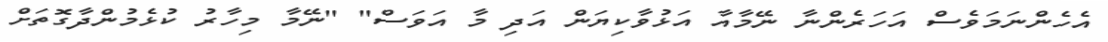
އެހެންނަމަވެސް އަހަރެންނާ ނޭމާއާ އަޅުވާކިޔަން އަދި މާ އަވަސް" "ނޭމާ މިހާރު ކުޅެމުންދާގޮތަށް